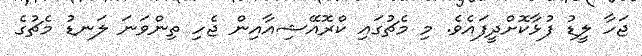
ޖަހާ ލީޑު ފުޅާކޮށްދީފައެވެ. މި މެޗުގައި ކްރޮއޭޝިއާއިން ޖެހި ތިންވަނަ ލަނޑު މެޗުގެ